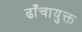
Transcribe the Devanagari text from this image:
ढाँचायुक्त